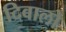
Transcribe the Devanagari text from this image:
दिवालो